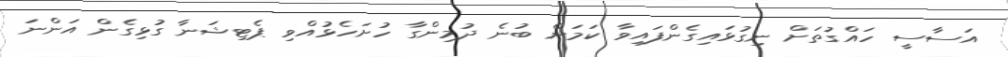
އަސާސީ ހައްގުތަށް ނިގުޅައިގެންފައިވާ ކަމަށް ބުނެ ދުމިންގާ ހުށަހެޅުއްވި ޕެޓިޝަނާ ގުޅިގެން އަންނަ